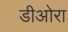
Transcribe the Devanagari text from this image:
डीओरा